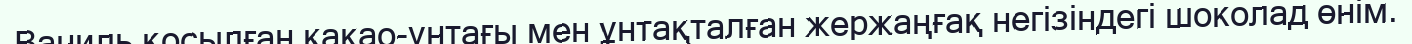
Ваниль қосылған какао-ұнтағы мен ұнтақталған жержаңғақ негізіндегі шоколад өнім.